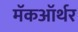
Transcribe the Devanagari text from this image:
मॅकऑर्थर